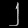
Digit: ၂